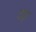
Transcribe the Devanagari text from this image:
उइ